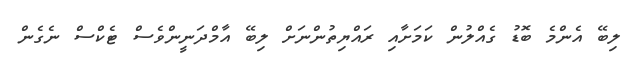
ލިބޭ އެންމެ ބޮޑު ގެއްލުން ކަމަށާއި ރައްޔިތުންނަށް ލިބޭ އާމްދަނީންވެސް ޓެކްސް ނެގެން